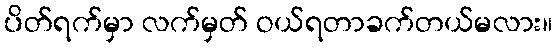
ပိတ်ရက်မှာ လက်မှတ် ဝယ်ရတာခက်တယ်မလား။